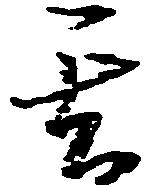
其